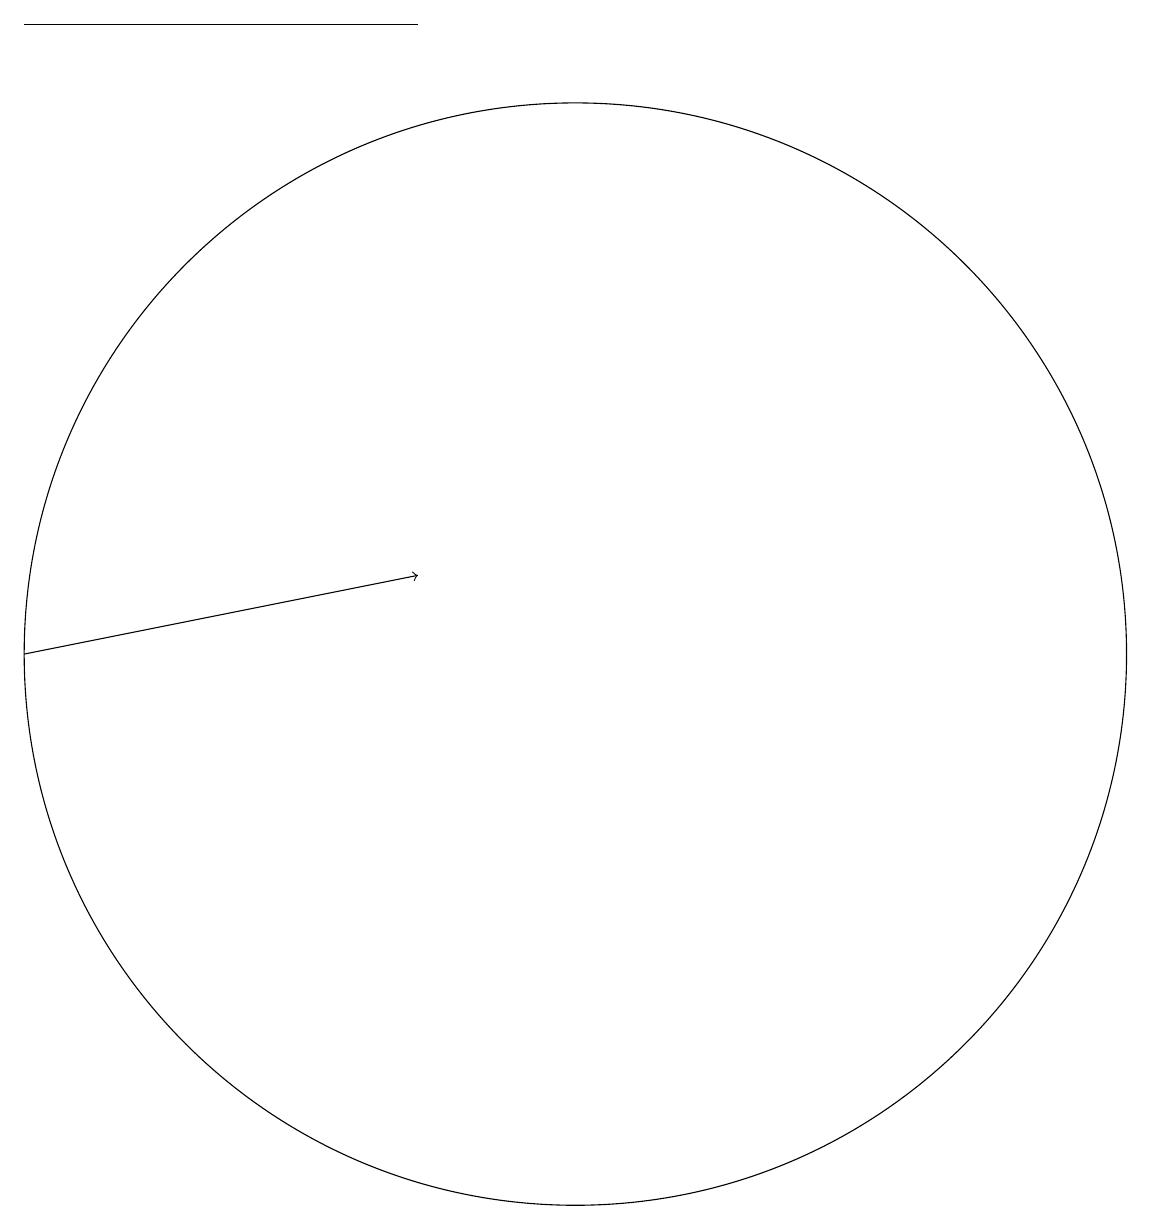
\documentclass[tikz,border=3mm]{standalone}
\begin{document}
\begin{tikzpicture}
\draw (3,18) rectangle (8,18);
\draw (10,10) circle (7);
\draw[->] (3,10) -- (8,11);
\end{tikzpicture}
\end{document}